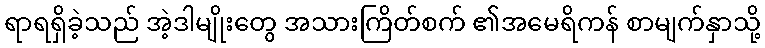
ရာရရှိခဲ့သည် အဲ့ဒါမျိုးတွေ အသားကြိတ်စက် ၏အမေရိကန် စာမျက်နှာသို့